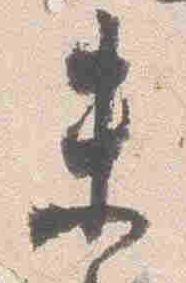
来